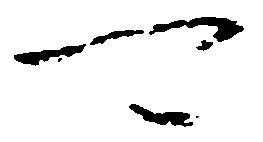
可